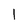
Character: 1